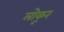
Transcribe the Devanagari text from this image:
लोकूर